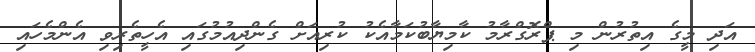
އަދި މީގެ އިތުރުން މި ޕްރޮގްރާމު ކާމިޔާބުކަމާއެކު ކުރިއަށް ގެންދިއުމުގައި އެހީތެރިވި އެންމެހައި